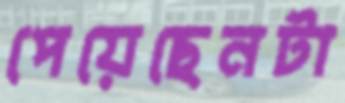
পেয়েছেনটা